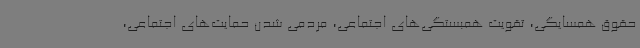
حقوق همسایگی، تقویت همبستگی‌های اجتماعی، مردمی شدن حمایت‌های اجتماعی،